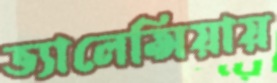
ভ্যালেন্সিয়ায়